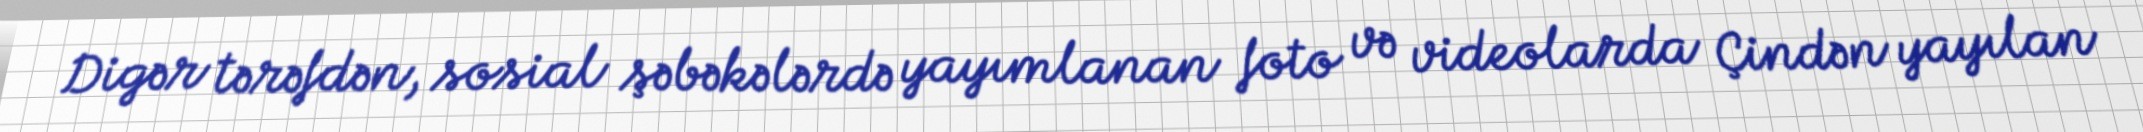
Digər tərəfdən, sosial şəbəkələrdə yayımlanan foto və videolarda Çindən yayılan